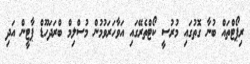
ރިޕޯޓްތައް ބުނާ ގޮތުގައި މުރުސީ ކޯޓްތެރޭގައި އަވާހަރަވުމުން މުސްލިމް ބްރަދަހޫޑް ޕާޓީން އަދި